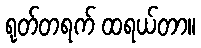
ရုတ်တရက် ထရယ်တာ။